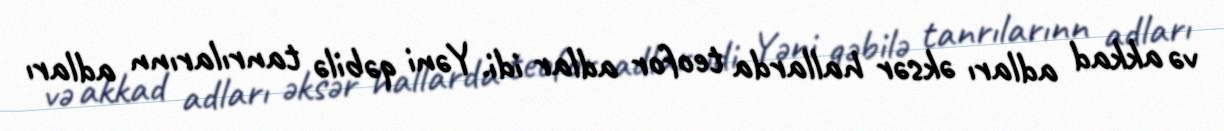
və akkad adları əksər hallarda teofor adlar idi. Yəni qəbilə tanrılarınn adları